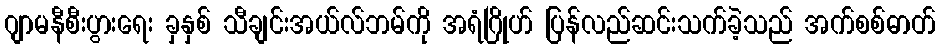
ဂျာမနီစီးပွားရေး ခှနှစ် သီချင်းအယ်လ်ဘမ်ကို အရံဂြိုဟ် ပြန်လည်ဆင်းသက်ခဲ့သည် အက်စစ်ဓာတ်